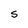
Character: S